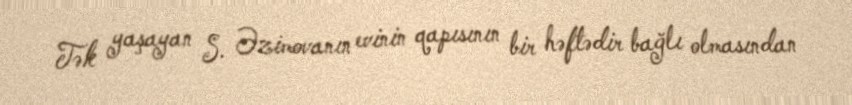
Tək yaşayan S. Əzimovanın evinin qapısının bir həftədir bağlı olmasından